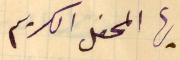
ايها المحفل الكريم